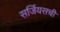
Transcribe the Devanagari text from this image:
सर्जियसची